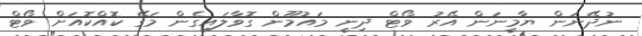
ނުދޭނަން ޔާމީނަން އޭރު ވޯޓް ދިނީ މައުމޫން ގޮވާލައިގެން މަގޭ ކޮއްކޮއަށް ވޯޓް